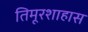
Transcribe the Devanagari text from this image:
तिमूरशाहास